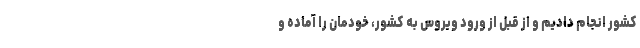
کشور انجام دادیم و از قبل از ورود ویروس به کشور، خودمان را آماده و